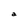
Character: a